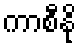
ကာစီနို